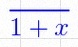
\frac{1}{1+x}